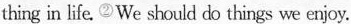
thing in life.②We should do things we enjoy